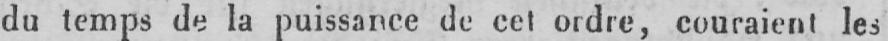
du temps de la puissance de cet ordre, couraient les